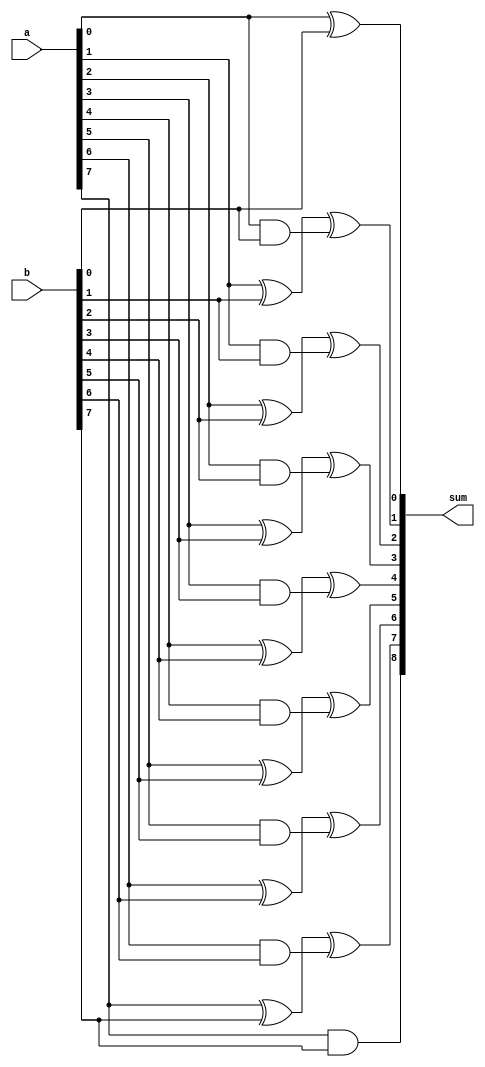
module carry_lookahead_adder (
  input wire [7:0] a,
  input wire [7:0] b,
  output wire [8:0] sum
);

wire [8:0] c;

assign c[0] = 1'b0;

genvar i;
generate
  for (i = 0; i < 8; i = i + 1) begin
    assign c[i+1] = a[i] & b[i];
  end
endgenerate

assign sum[0] = a[0] ^ b[0];
assign sum[1] = a[1] ^ b[1] ^ c[1];
assign sum[2] = a[2] ^ b[2] ^ c[2];
assign sum[3] = a[3] ^ b[3] ^ c[3];
assign sum[4] = a[4] ^ b[4] ^ c[4];
assign sum[5] = a[5] ^ b[5] ^ c[5];
assign sum[6] = a[6] ^ b[6] ^ c[6];
assign sum[7] = a[7] ^ b[7] ^ c[7];
assign sum[8] = c[8];

endmodule